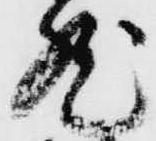
然